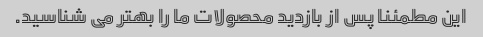
این مطمئنا پس از بازدید محصولات ما را بهتر می شناسید.